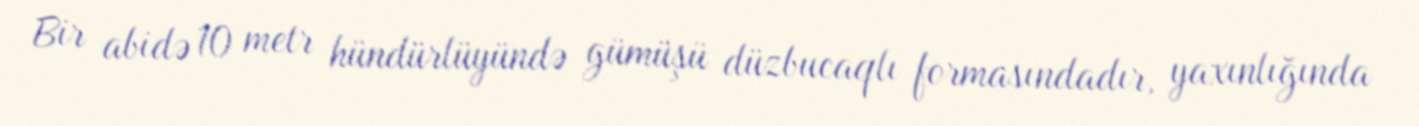
Bir abidə 10 metr hündürlüyündə gümüşü düzbucaqlı formasındadır, yaxınlığında